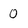
Character: 0